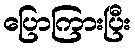
ပြောကြားပြီး